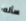
سأله